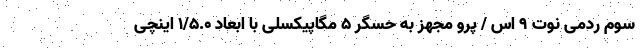
سوم ردمی نوت ۹ اس / پرو مجهز به حسگر ۵ مگاپیکسلی با ابعاد 1/5.0 اینچی